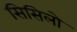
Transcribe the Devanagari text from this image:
सिसिलो